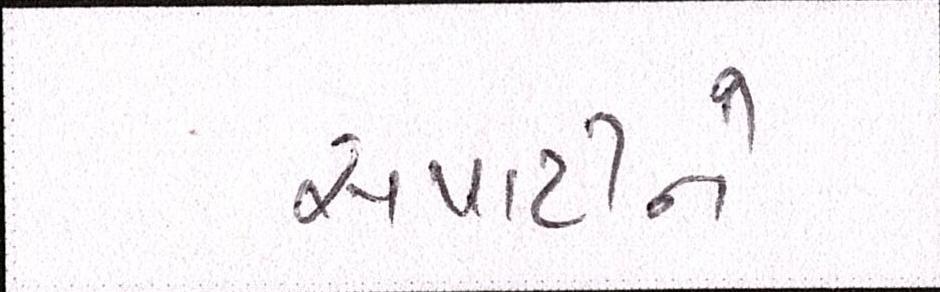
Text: સપાટીને